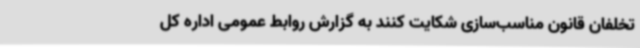
تخلفان قانون مناسب‌سازی شکایت کنند به گزارش روابط عمومی اداره کل